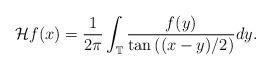
LaTeX: \begin{align*}\mathcal{H}f(x)=\frac{1}{2\pi} \int_{\mathbb{T}} \frac{f(y)}{\tan\left((x-y)/2\right)}dy.\end{align*}